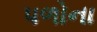
પળોના